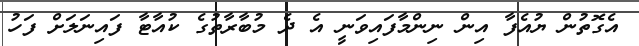
އެގޮތުން ޔުއެފާ އިން ނިންމާފައިވަނީ އެ ދެ މުބާރާތުގެ ކުއާޓާ ފައިނަލަށް ފަހު